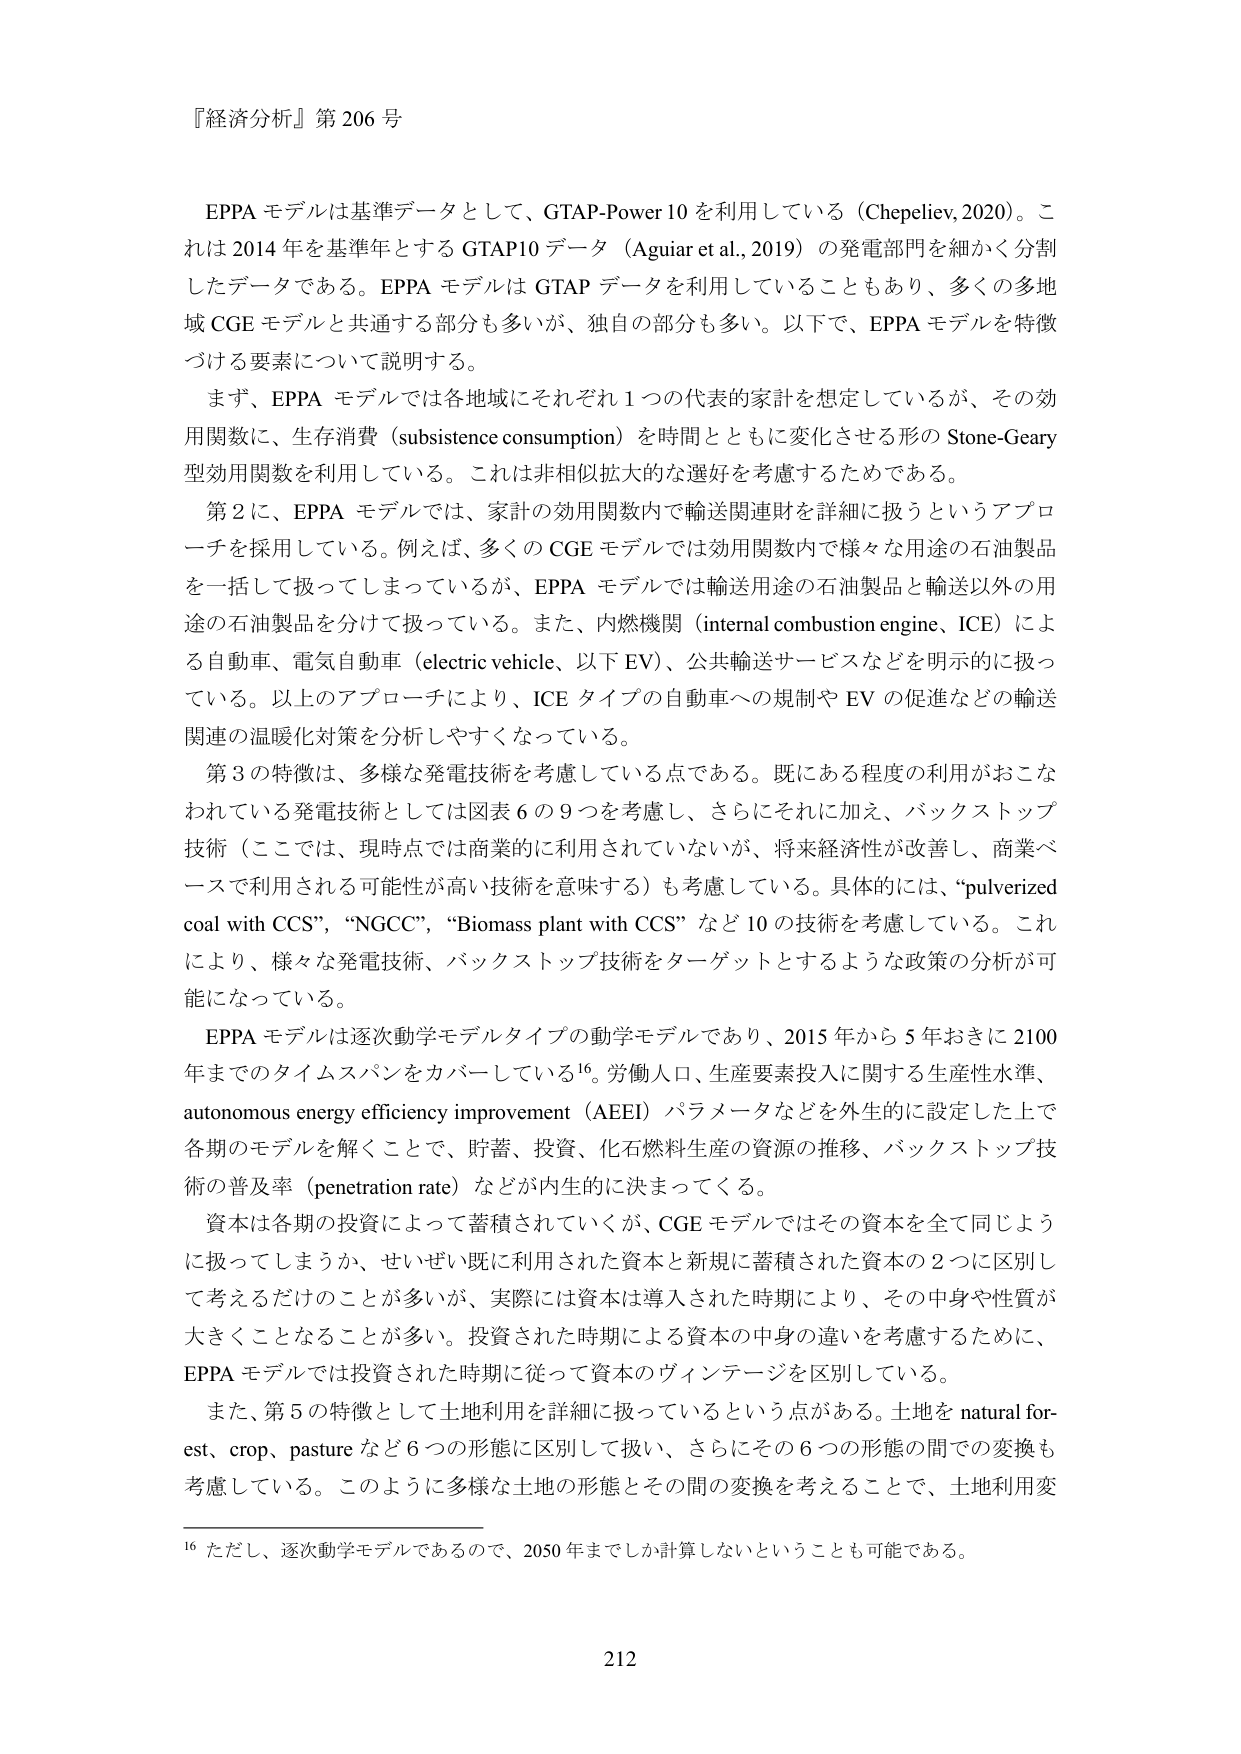
『経済分析』第 206 号

EPPA モデルは基準データとして、GTAP-Power 10 を利用している（Chepeliev, 2020）。これは 2014 年を基準年とする GTAP10 データ（Aguiar et al., 2019）の発電部門を細かく分割したデータである。EPPA モデルは GTAP データを利用していることもあり、多くの多地域 CGE モデルと共通する部分も多いが、独自の部分も多い。以下で、EPPA モデルを特徴づける要素について説明する。

まず、EPPA モデルでは各地域にそれぞれ 1 つの代表的家計を想定しているが、その効用関数に、生存消費（subsistence consumption）を時間とともに変化させる形の Stone-Geary 型効用関数を利用している。これは非相似拡大的な選好を考慮するためである。

第 2 に、EPPA モデルでは、家計の効用関数内で輸送関連財を詳細に扱うというアプローチを採用している。例えば、多くの CGE モデルでは効用関数内で様々な用途の石油製品を一括して扱ってしまっているが、EPPA モデルでは輸送用途の石油製品と輸送以外の用途の石油製品を分けて扱っている。また、内燃機関（internal combustion engine、ICE）による自動車、電気自動車（electric vehicle、以下 EV）、公共輸送サービスなどを明示的に扱っている。以上のアプローチにより、ICE タイプの自動車への規制や EV の促進などの輸送関連の温暖化対策を分析しやすくなっている。

第 3 の特徴は、多様な発電技術を考慮している点である。既にある程度の利用がおこなわれている発電技術としては図表 6 の 9 つを考慮し、さらにそれに加え、バックストップ技術（ここでは、現時点では商業的に利用されていないが、将来経済性が改善し、商業ベースで利用される可能性が高い技術を意味する）も考慮している。具体的には、“pulverized coal with CCS”, “NGCC”, “Biomass plant with CCS” など 10 の技術を考慮している。これにより、様々な発電技術、バックストップ技術をターゲットとするような政策の分析が可能になっている。

EPPA モデルは逐次動学モデルタイプの動学モデルであり、2015 年から 5 年おきに 2100 年までのタイムスパンをカバーしている¹⁶。労働人口、生産要素投入に関する生産性水準、autonomous energy efficiency improvement（AEEI）パラメータなどを外生的に設定した上で各期のモデルを解くことで、貯蓄、投資、化石燃料生産の資源の推移、バックストップ技術の普及率（penetration rate）などが内生的に決まってくる。

資本は各期の投資によって蓄積されていくが、CGE モデルではその資本を全て同じように扱ってしまうか、せいぜい既に利用された資本と新規に蓄積された資本の 2 つに区別して考えるだけのことが多いが、実際には資本は導入された時期により、その中身や性質が大きくことなることが多い。投資された時期による資本の中身の違いを考慮するために、EPPA モデルでは投資された時期に従って資本のヴィンテージを区別している。

また、第 5 の特徴として土地利用を詳細に扱っているという点がある。土地を natural forest、crop、pasture など 6 つの形態に区別して扱い、さらにその 6 つの形態の間での変換も考慮している。このように多様な土地の形態とその間の変換を考えることで、土地利用変

¹⁶ ただし、逐次動学モデルであるので、2050 年までしか計算しないということも可能である。

212